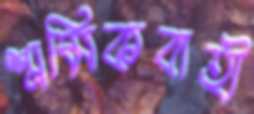
শ্রমিকবাহী